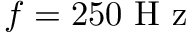
f = 2 5 0 \mathrm { ~ H ~ z ~ }